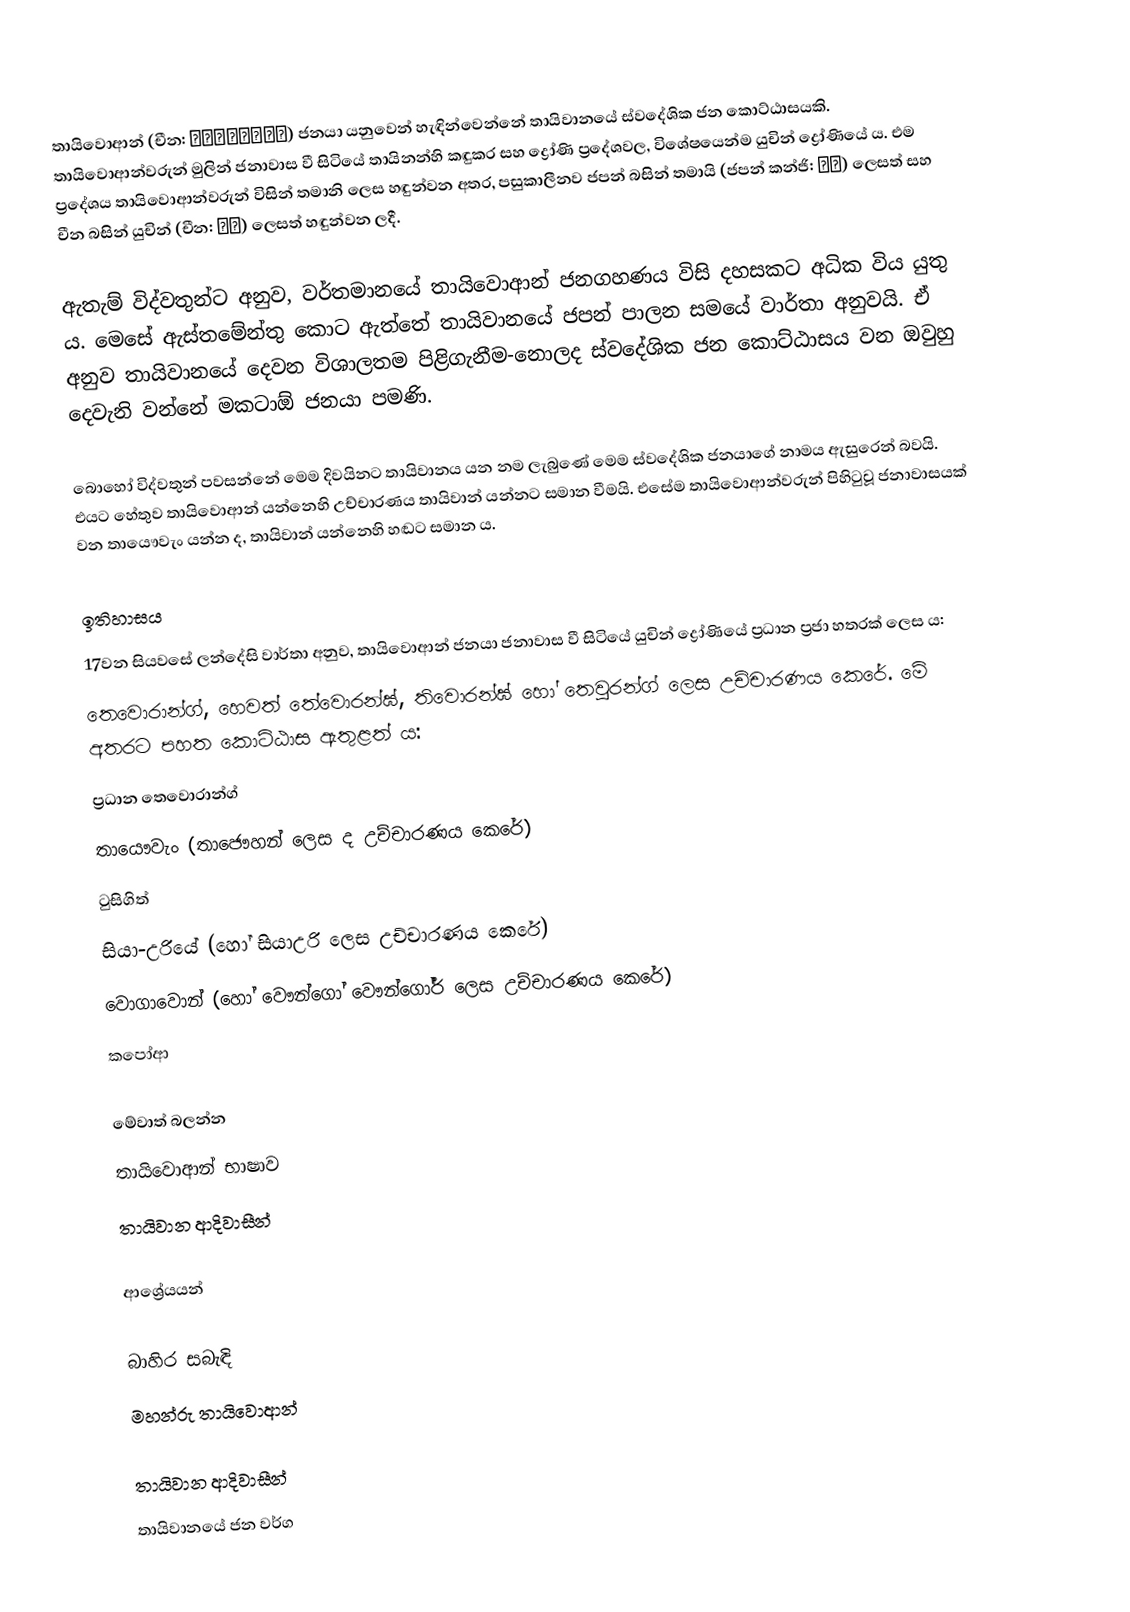
තායිවොආන් (චීන: 大武壠族、大滿族) ජනයා යනුවෙන් හැඳින්වෙන්නේ තායිවානයේ ස්වදේශික ජන කොට්ඨාසයකි. තායිවොආන්වරුන් මුලින් ජනාවාස වී සිටියේ තායිනන්හි කඳුකර සහ ද්‍රෝණි ප්‍රදේශවල, විශේෂයෙන්ම යුචින් ද්‍රෝණියේ ය. එම ප්‍රදේශය තායිවොආන්වරුන් විසින් තමානි ලෙස හඳුන්වන අතර, පසුකාලීනව ජපන් බසින් තමායි (ජපන් කන්ජි: 玉井) ලෙසත් සහ චීන බසින් යුචින් (චීන: 玉井) ලෙසත් හඳුන්වන ලදී.

ඇතැම් විද්වතුන්ට අනුව, වර්තමානයේ තායිවොආන් ජනගහණය විසි දහසකට අධික විය යුතු ය. මෙසේ ඇස්තමේන්තු කොට ඇත්තේ තායිවානයේ ජපන් පාලන සමයේ වාර්තා අනුවයි. ඒ අනුව තායිවානයේ දෙවන විශාලතම පිළිගැනීම-නොලද ස්වදේශික ජන කොට්ඨාසය වන ඔවුහු දෙවැනි වන්නේ මකටාඕ ජනයා පමණි.

බොහෝ විද්වතුන් පවසන්නේ මෙම දිවයිනට තායිවානය යන නම ලැබුණේ මෙම ස්වදේශික ජනයාගේ නාමය ඇසුරෙන් බවයි. එයට හේතුව තායිවොආන් යන්නෙහි උච්චාරණය තායිවාන් යන්නට සමාන වීමයි. එසේම තායිවොආන්වරුන් පිහිටුවූ ජනාවාසයක් වන ‍තායෞවැං යන්න ද, තායිවාන් යන්නෙහි හඬට සමාන ය.

ඉතිහාසය
17වන සියවසේ ලන්දේසි වාර්තා අනුව, තායිවොආන් ජනයා ජනාවාස වී සිටියේ යුචින් ද්‍රෝණියේ ප්‍රධාන ප්‍රජා හතරක් ලෙස ය:
 තෙවොරාන්ග්, හෙවත් තේවොරන්ඝ්, තිවොරන්ඝ් හෝ තෙවුරන්ග් ලෙස උච්චාරණය කෙරේ. මේ අතරට පහත කොට්ඨාස ඇතුළත් ය:
 ප්‍රධාන තෙවොරාන්ග්
 තායෞවැං (තාජෞහන් ලෙස ද උච්චාරණය කෙරේ)
 ටුසිගිත්
 සියා-උරියේ (හෝ සියාඋරි ලෙස උච්චාරණය කෙරේ)
 වොගාවොන් (හෝ වෞන්ගෝ වෞන්ගෝර් ලෙස උච්චාරණය කෙරේ)
 කපෝආ

මේවාත් බලන්න
තායිවොආන් භාෂාව
තායිවාන ආදිවාසීන්

ආශ්‍රේයයන්

බාහිර සබැඳි
මහන්රු තායිවොආන්

තායිවාන ආදිවාසීන්
තායිවානයේ ජන වර්ග